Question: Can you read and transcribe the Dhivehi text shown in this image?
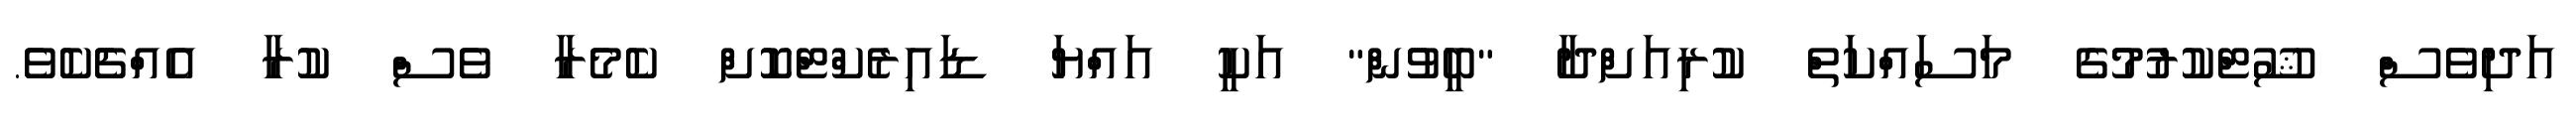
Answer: އަދިވެސް ޝޫޓްކުރުމުގެ މަސައްކަތް ކުރިއަށްދާ "ބީވުން" އަކީ އައްޔަ ޑައިރެކްޓްކޮށް ކެމެރާ ވެސް ކުރާ އެއްޗެކެވެ.